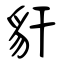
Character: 豻